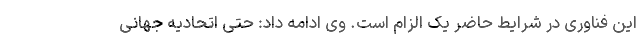
این فناوری در شرایط حاضر یک الزام است. وی ادامه داد: حتی اتحادیه جهانی